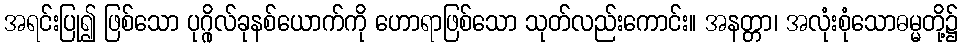
အရင်းပြု၍ ဖြစ်သော ပုဂ္ဂိုလ်ခုနစ်ယောက်ကို ဟောရာဖြစ်သော သုတ်လည်းကောင်း။ အနတ္တာ၊ အလုံးစုံသောဓမ္မတို့၌